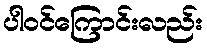
ပါဝင်ကြောင်းလည်း